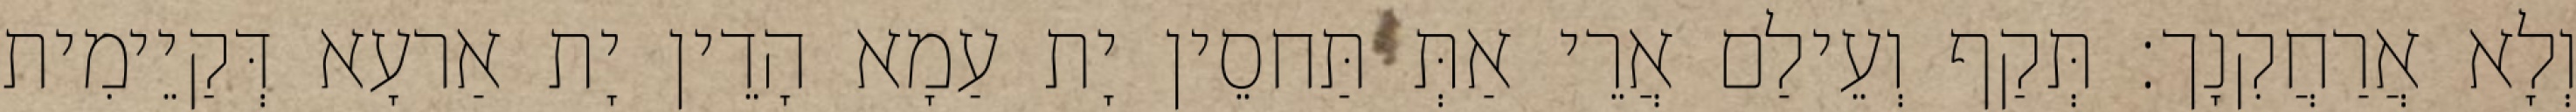
וְלָא אֲרַחֲקִנָך׃ תְּקַף וְעֵילַם אֲרֵי אַתְּ תַּחסֵין יָת עַמָא הָדֵין יָת אַרעָא דְּקַיֵימִית